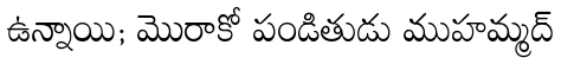
ఉన్నాయి; మొరాకో పండితుడు ముహమ్మద్